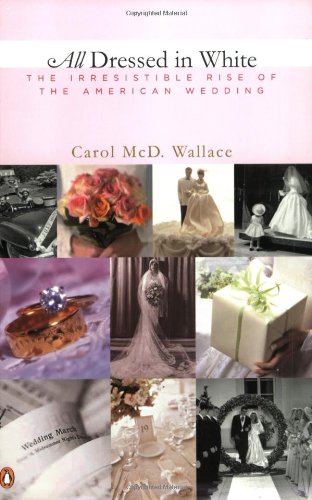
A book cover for All Dressed in White: The Irresistible Rise of the American Wedding; Carol Wallace; Crafts, Hobbies & Home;